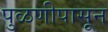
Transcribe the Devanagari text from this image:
पुळणीपासून